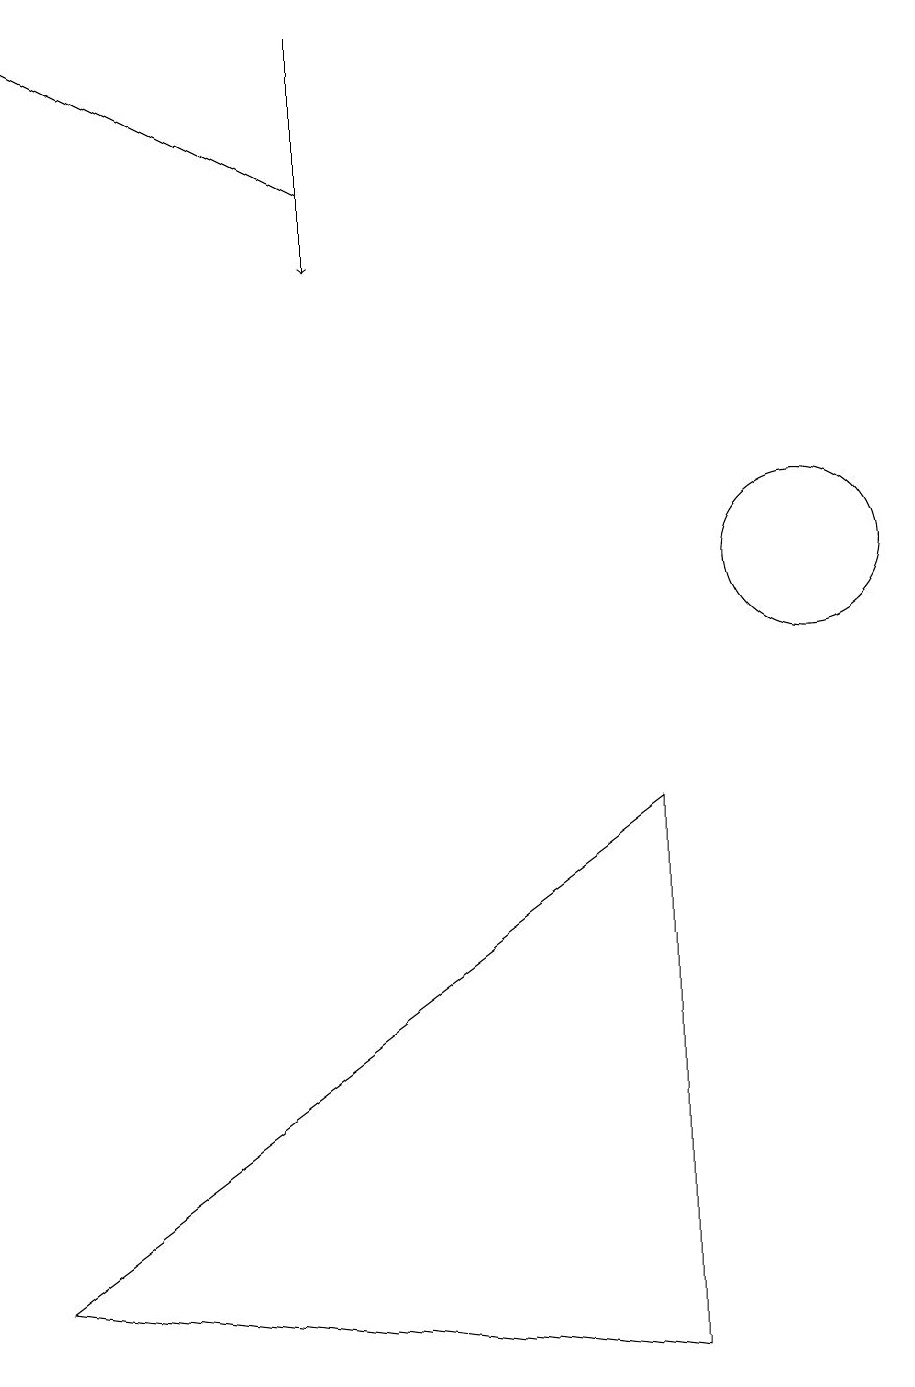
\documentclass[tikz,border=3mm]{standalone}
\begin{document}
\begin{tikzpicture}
\draw[->] (4,17) -- (4,14);
\draw (10,10) circle (1);
\draw[->] (4,15) -- (0,17);
\draw (8,7) -- (8,0) -- (0,1) -- cycle;
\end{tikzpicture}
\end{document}